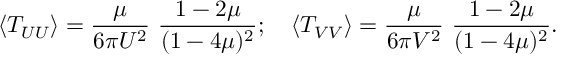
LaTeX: \left< T _ { U U } \right> = { \frac { \mu } { 6 \pi U ^ { 2 } } } \ { \frac { 1 - 2 \mu } { ( 1 - 4 \mu ) ^ { 2 } } } ; \quad \left< T _ { V V } \right> = { \frac { \mu } { 6 \pi V ^ { 2 } } } \ { \frac { 1 - 2 \mu } { ( 1 - 4 \mu ) ^ { 2 } } } .